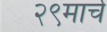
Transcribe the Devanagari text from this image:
२९मार्च